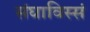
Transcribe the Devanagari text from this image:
संघाविस्सं